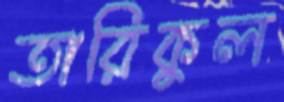
তারিকুল